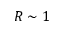
R \sim 1